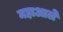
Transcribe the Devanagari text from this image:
महाआले